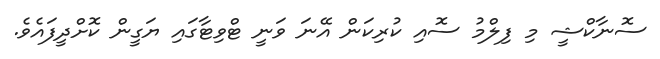
ސޮނާކްޝީ މި ފިލްމު ސޮއި ކުރިކަން އޭނަ ވަނީ ޓްވިޓާގައި ޔަގީން ކޮށްދީފައެވެ.